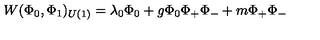
W ( \Phi _ { 0 } , \Phi _ { 1 } ) _ { U ( 1 ) } = \lambda _ { 0 } \Phi _ { 0 } + g \Phi _ { 0 } \Phi _ { + } \Phi _ { - } + m \Phi _ { + } \Phi _ { - }